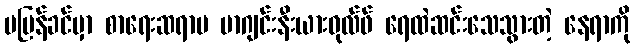
မပြန်ခင်မှာ စာရေးဆရာမ ဗာဂျင်းနီးယားဝုလ်ဖ် ရေထဲဆင်းသေသွားတဲ့ နေရာကို